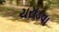
ચરાડવા